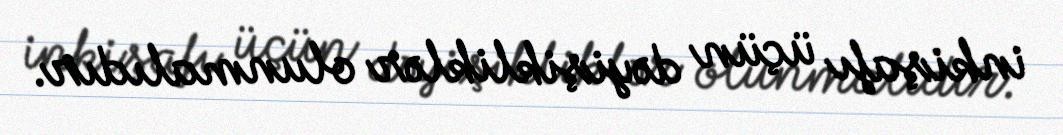
inkişafı üçün dəyişikliklər olunmalıdır.